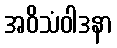
အဝိသံဝါဒနာ